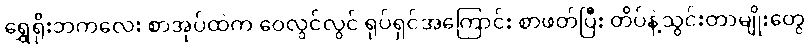
ရွှေရိုးဘကလေး စာအုပ်ထဲက ဝေလွင်လွင် ရုပ်ရှင်အကြောင်း စာဖတ်ပြီး တိပ်နဲ့သွင်းတာမျိုးတွေ